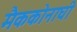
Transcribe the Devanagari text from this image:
मैककोनाघी